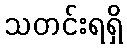
သတင်းရရှိ